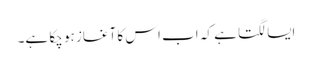
ایسا لگتا ہے کہ اب اس کا آغاز ہو چکا ہے۔